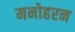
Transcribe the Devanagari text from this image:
मनोहरन